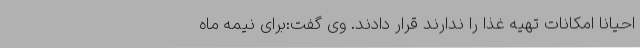
احیاناً امکانات تهیه غذا را ندارند قرار دادند. وی گفت:برای نیمه ماه